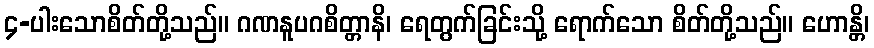
၄-ပါးသောစိတ်တို့သည်။ ဂဏနူပဂစိတ္တာနိ၊ ရေတွက်ခြင်းသို့ ရောက်သော စိတ်တို့သည်။ ဟောန္တိ၊